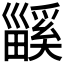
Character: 𤳤